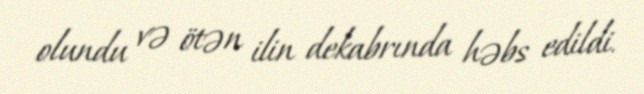
olundu və ötən ilin dekabrında həbs edildi.